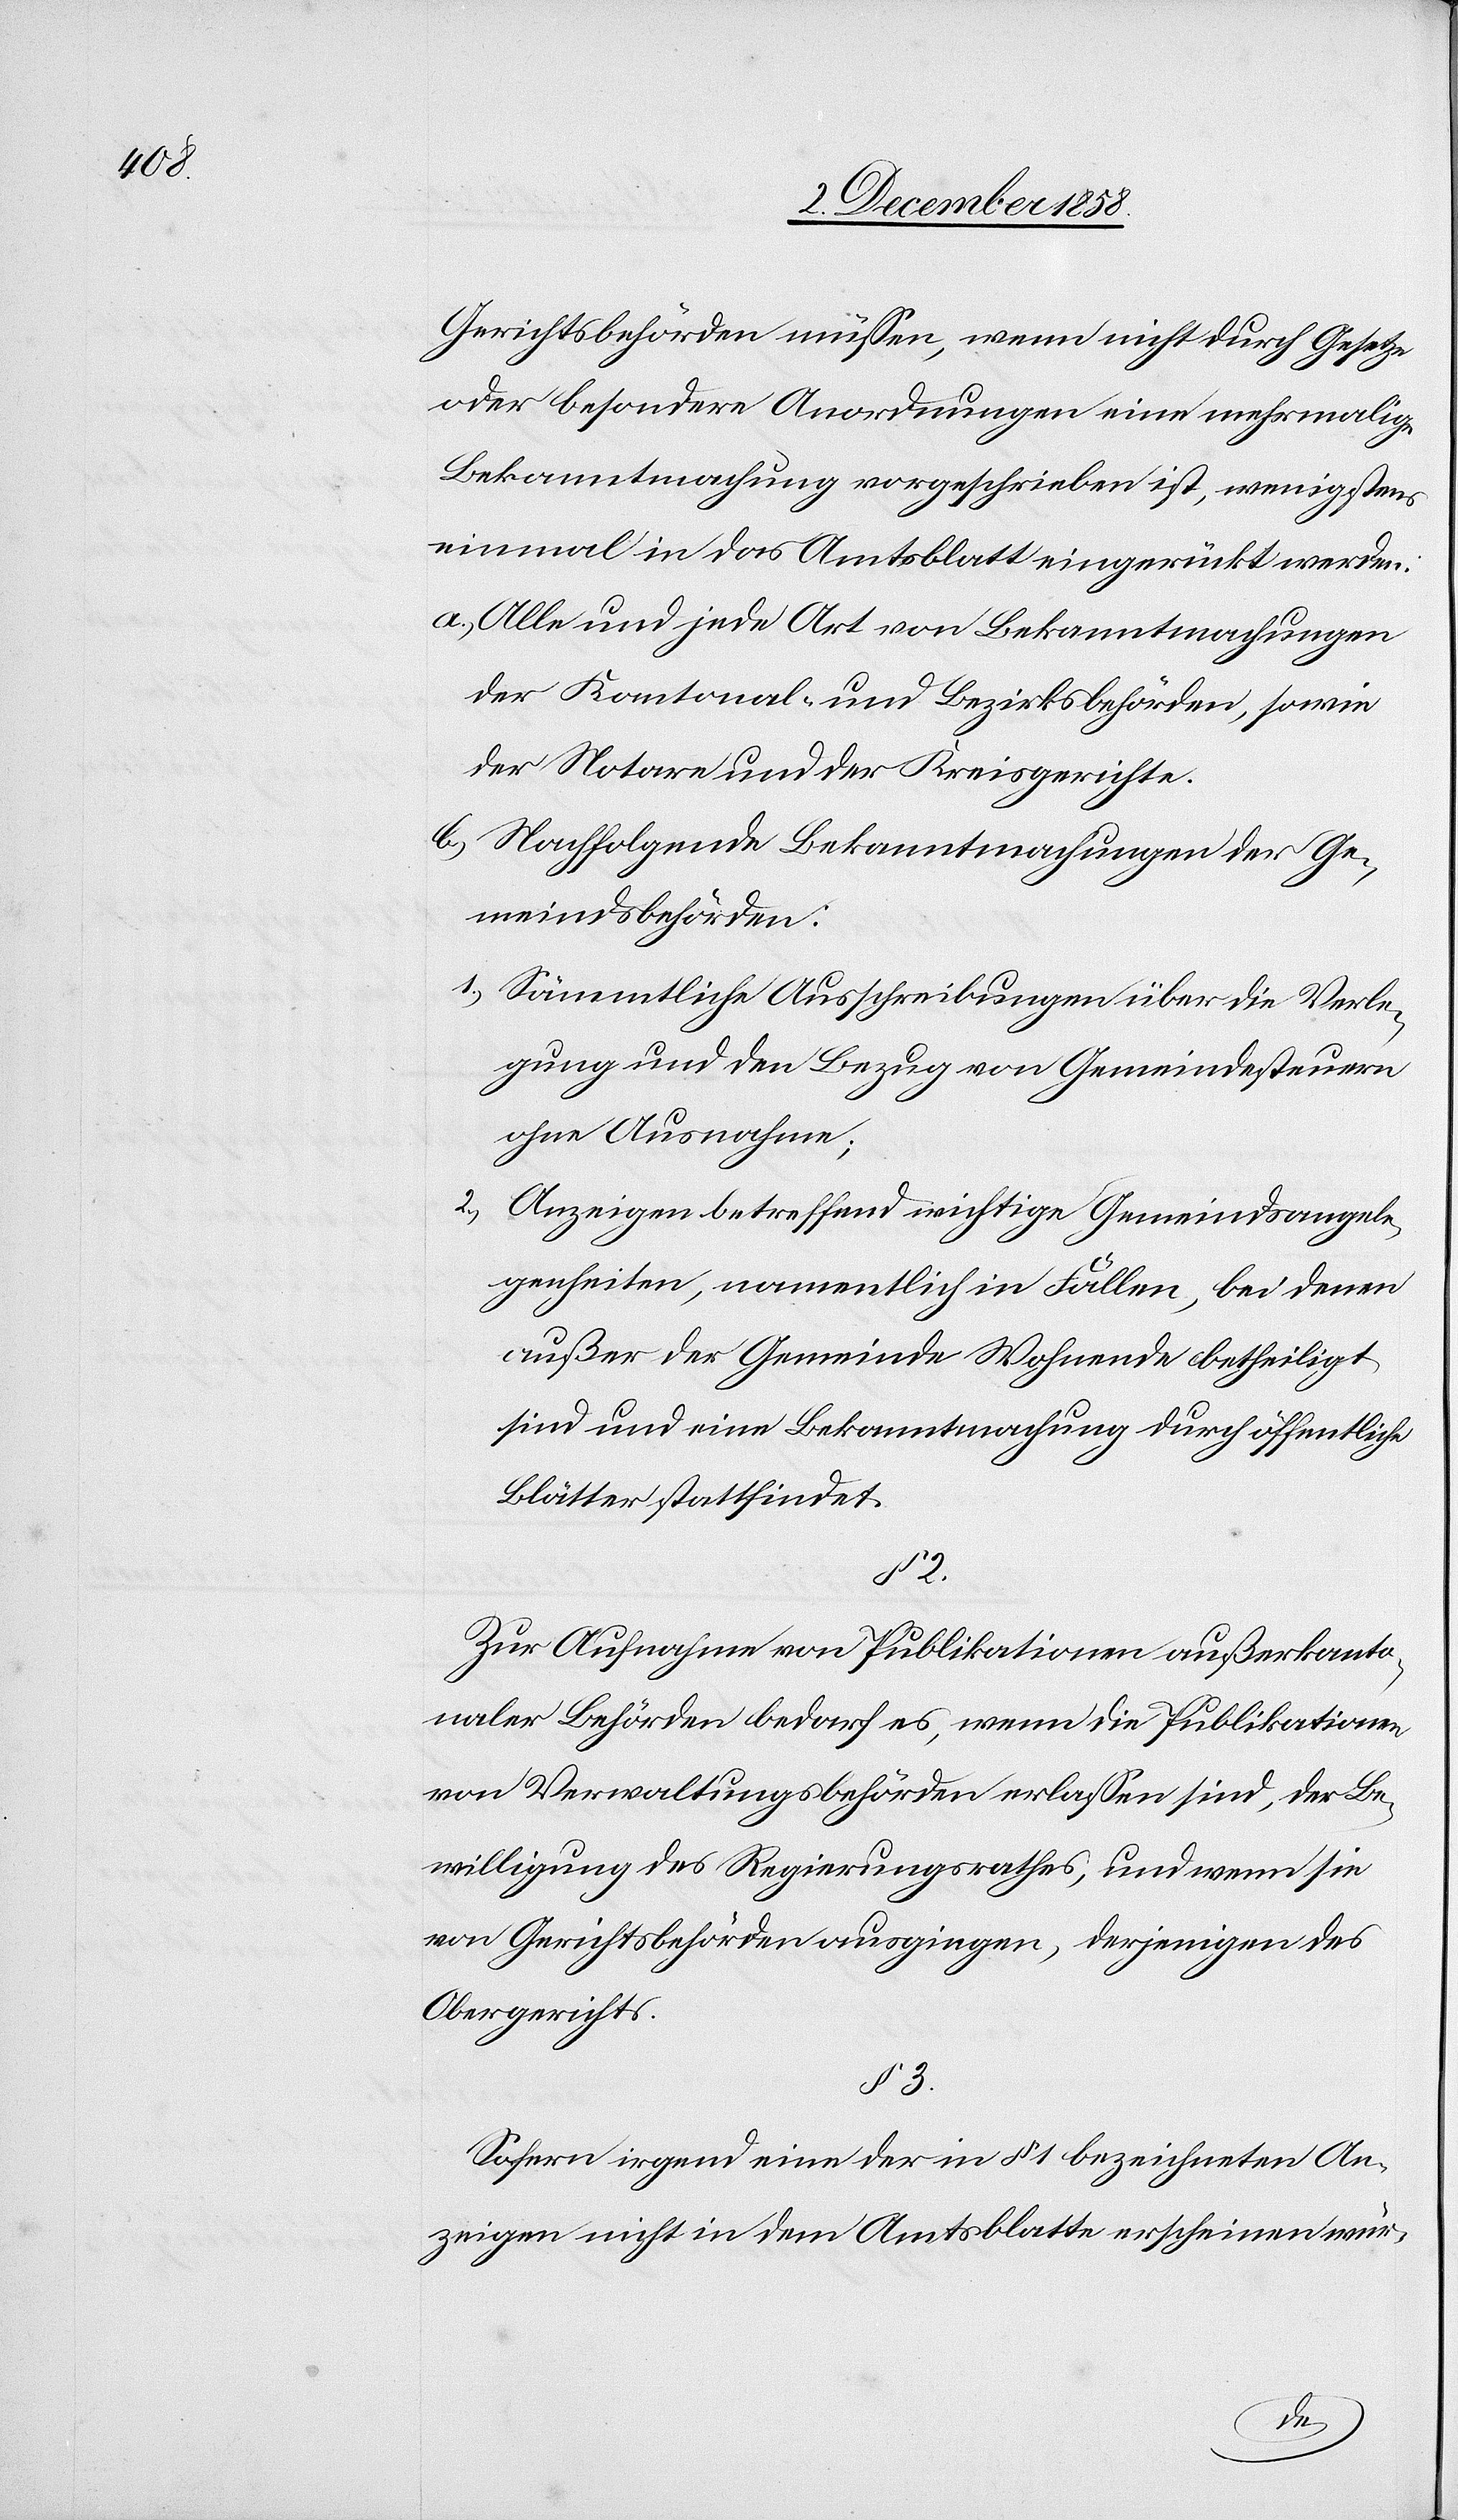
Gerichtsbehörden müssen, wenn nicht durch Gesetze
oder besondere Anordnungen eine mehrmalige
Bekanntmachung vorgeschrieben ist, wenigstens
einmal in das Amtsblatt eingerückt werden:
Alle und jede Art von Bekanntmachungen
der Kantonal- und Bezirksbehörden, sowie
der Notare und der Kreisgerichte.
Nachfolgende Bekanntmachungen der Ge¬
meindsbehörden:
Sämmtliche Ausschreibungen über die Verle¬
gung und den Bezug von Gemeindesteuern
ohne Ausnahme;
Anzeigen betreffend wichtige Gemeindsangele¬
genheiten, namentlich in Fällen, bei denen
außer der Gemeinde Wohnende betheiligt
sind und eine Bekanntmachung durch öffentliche
Blätter stattfindet.
§ 2.
Zur Aufnahme von Publikationen außerkanto¬
naler Behörden bedarf es, wenn die Publikationen
von Verwaltungsbehörden erlassen sind, der Be¬
willigung des Regierungsrathes, und wenn sie
von Gerichtsbehörden ausgingen, derjenigen des
Obergerichts.
§ 3.
Sofern irgend eine der in § 1 bezeichneten An¬
zeigen nicht in dem Amtsblatte erscheinen wür-